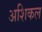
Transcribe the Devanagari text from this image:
अशिकल